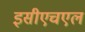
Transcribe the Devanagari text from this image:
इसीएचएल